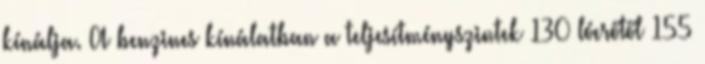
kínálja. A benzines kínálatban a teljesítményszintek 130 lóerőtől 155